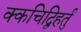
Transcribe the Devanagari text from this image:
क्कचिद्विहर्तुं